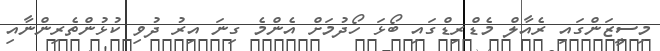
މިސީޒަންގައި ރެއާލް މެޑްރިޑްގައި ބޯޅަ ހޯދުމަށް އެންމެ ގިނަ އިރު ދުވި ކުޅުންތެރިންނާއި